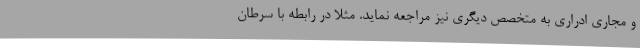
و مجاری ادراری به متخصص دیگری نیز مراجعه نماید. مثلا در رابطه با سرطان